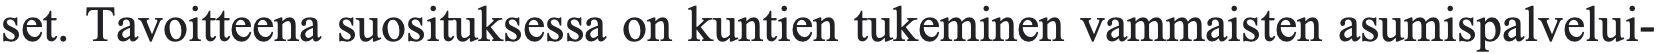
set. Tavoitteena suosituksessa on kuntien tukeminen vammaisten asumispalvelui-